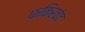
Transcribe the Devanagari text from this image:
फकिरचंद